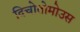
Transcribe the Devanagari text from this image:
दिचोतोमोउस